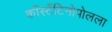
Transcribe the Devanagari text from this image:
काँस्टँटिनोपोलला